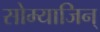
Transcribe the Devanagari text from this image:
सोम्याजिन्